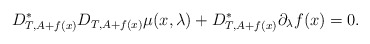
\begin{align*}D_{T,A+f(x)}^* D_{T,A+f(x)} \mu(x,\lambda) + D_{T,A+f(x)}^* \partial_\lambda f(x) = 0.\end{align*}